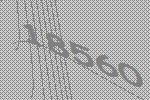
18560